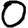
Digit: 0